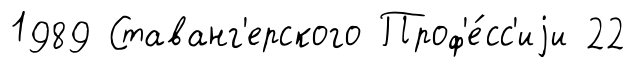
1989 Ставанг'ерского Проф'е́сс'иjи 22